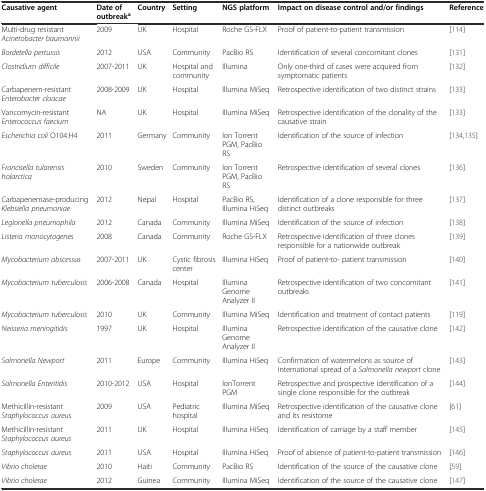
<table><thead><tr><td><b>Causative agent</b></td><td><b>Date of outbreak<sup>a</sup></b></td><td><b>Country</b></td><td><b>Setting</b></td><td><b>NGS platform</b></td><td><b>Impact on disease control and/or findings</b></td><td><b>Reference</b></td></tr></thead><tbody><tr><td>Multi-drug resistant <i>Acinetobacter baumannii</i></td><td>2009</td><td>UK</td><td>Hospital</td><td>Roche GS-FLX</td><td>Proof of patient-to-patient transmission</td><td>[114]</td></tr><tr><td><i>Bordetella pertussis</i></td><td>2012</td><td>USA</td><td>Community</td><td>PacBio RS</td><td>Identification of several concomitant clones</td><td>[131]</td></tr><tr><td><i>Clostridium difficile</i></td><td>2007-2011</td><td>UK</td><td>Hospital and community</td><td>Illumina</td><td>Only one-third of cases were acquired from symptomatic patients</td><td>[132]</td></tr><tr><td>Carbapenem-resistant <i>Enterobacter cloacae</i></td><td>2008-2009</td><td>UK</td><td>Hospital</td><td>Illumina MiSeq</td><td>Retrospective identification of two distinct strains</td><td>[133]</td></tr><tr><td>Vancomycin-resistant <i>Enterococcus faecium</i></td><td>NA</td><td>UK</td><td>Hospital</td><td>Illumina MiSeq</td><td>Retrospective identification of the clonality of the causative strain</td><td>[133]</td></tr><tr><td><i>Escherichia coli</i> O104:H4</td><td>2011</td><td>Germany</td><td>Community</td><td>Ion Torrent PGM, PacBio RS</td><td>Identification of the source of infection</td><td>[134],[135]</td></tr><tr><td><i>Francisella tularensis holarctica</i></td><td>2010</td><td>Sweden</td><td>Community</td><td>Ion Torrent PGM, PacBio RS</td><td>Retrospective identification of several clones</td><td>[136]</td></tr><tr><td>Carbapenemase-producing <i>Klebsiella pneumoniae</i></td><td>2012</td><td>Nepal</td><td>Hospital</td><td>PacBio RS, Illumina HiSeq</td><td>Identification of a clone responsible for three distinct outbreaks</td><td>[137]</td></tr><tr><td><i>Legionella pneumophila</i></td><td>2012</td><td>Canada</td><td>Community</td><td>Illumina MiSeq</td><td>Identification of the source of infection</td><td>[138]</td></tr><tr><td><i>Listeria monocytogenes</i></td><td>2008</td><td>Canada</td><td>Community</td><td>Roche GS-FLX</td><td>Retrospective identification of three clones responsible for a nationwide outbreak</td><td>[139]</td></tr><tr><td><i>Mycobacterium abscessus</i></td><td>2007-2011</td><td>UK</td><td>Cystic fibrosis center</td><td>Illumina HiSeq</td><td>Proof of patient-to- patient transmission</td><td>[140]</td></tr><tr><td><i>Mycobacterium tuberculosis</i></td><td>2006-2008</td><td>Canada</td><td>Hospital</td><td>Illumina Genome Analyzer II</td><td>Retrospective identification of two concomitant outbreaks</td><td>[141]</td></tr><tr><td><i>Mycobacterium tuberculosis</i></td><td>2010</td><td>UK</td><td>Community</td><td>Illumina MiSeq</td><td>Identification and treatment of contact patients</td><td>[119]</td></tr><tr><td><i>Neisseria meningitidis</i></td><td>1997</td><td>UK</td><td>Hospital</td><td>Illumina Genome Analyzer II</td><td>Retrospective identification of the causative clone</td><td>[142]</td></tr><tr><td><i>Salmonella Newport</i></td><td>2011</td><td>Europe</td><td>Community</td><td>Illumina HiSeq</td><td>Confirmation of watermelons as source of international spread of a <i>Salmonella newport</i> clone</td><td>[143]</td></tr><tr><td><i>Salmonella Enteritidis</i></td><td>2010-2012</td><td>USA</td><td>Hospital</td><td>IonTorrent PGM</td><td>Retrospective and prospective identification of a single clone responsible for the outbreak</td><td>[144]</td></tr><tr><td>Methicillin-resistant <i>Staphylococcus aureus</i></td><td>2009</td><td>USA</td><td>Pediatric hospital</td><td>Illumina MiSeq</td><td>Retrospective identification of the causative clone and its resistome</td><td>[61]</td></tr><tr><td>Methicillin-resistant <i>Staphylococcus aureus</i></td><td>2011</td><td>UK</td><td>Hospital</td><td>Illumina HiSeq</td><td>Identification of carriage by a staff member</td><td>[145]</td></tr><tr><td><i>Staphylococcus aureus</i></td><td>2011</td><td>USA</td><td>Hospital</td><td>Illumina HiSeq</td><td>Proof of absence of patient-to-patient transmission</td><td>[146]</td></tr><tr><td><i>Vibrio cholerae</i></td><td>2010</td><td>Haiti</td><td>Community</td><td>PacBio RS</td><td>Identification of the source of the causative clone</td><td>[59]</td></tr><tr><td><i>Vibrio cholerae</i></td><td>2012</td><td>Guinea</td><td>Community</td><td>Illumina MiSeq</td><td>Identification of the source of the causative clone</td><td>[147]</td></tr></tbody></table>